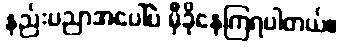
နည်းပညာအပေါ်ပဲ မှီခိုနေကြရပါတယ်။